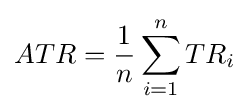
ATR={1 \over n}\sum _{i=1}^{n}TR_{i}